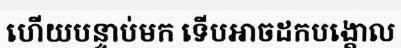
ហើយបន្ទាប់មក ទើបអាចដកបង្គោល